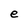
Character: e